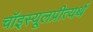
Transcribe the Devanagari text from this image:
चॉइस्यूलप्रीत्यर्थ